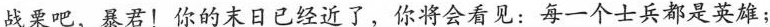
战栗吧，暴君！你的末日已经近了，你将会看见：每一个士兵都是英雄；